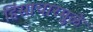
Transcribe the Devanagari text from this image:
हिंसाचारमुळे